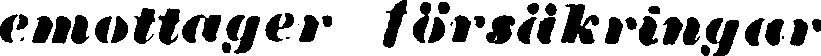
emottager försäkringar